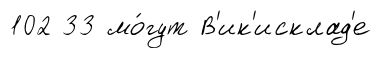
102 33 мо́гут В'ик'исклад'е